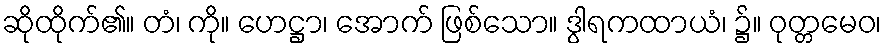
ဆိုထိုက်၏။ တံ၊ ကို။ ဟေဋ္ဌာ၊ အောက် ဖြစ်သော။ ဒွါရကထာယံ၊ ၌။ ဝုတ္တမေဝ၊